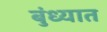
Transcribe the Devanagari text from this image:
बुंध्यात